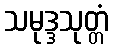
သမုဒ္ဒသုတ္တံ